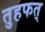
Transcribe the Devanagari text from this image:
तुहफत्